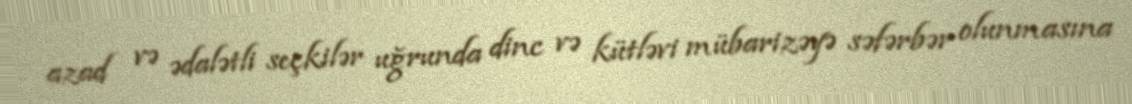
azad və ədalətli seçkilər uğrunda dinc və kütləvi mübarizəyə səfərbər olunmasına